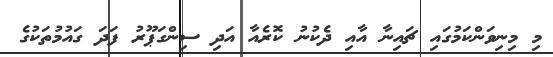
މި މިނިވަންކަމުގައި ޗައިނާ އާއި ދެކުނު ކޮރެއާ އަދި ސިންގަޕޫރު ފަދަ ގައުމުތަކުގެ